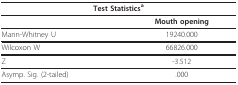
| <COLSPAN=2> Test Statisticsa |
 | --- | --- |
 |  | Mouth opening |
 | Mann-Whitney U | 19240.000 |
 | Wilcoxon W | 66826.000 |
 | Z | -3.512 |
 | Asymp. Sig. (2-tailed) | .000 |